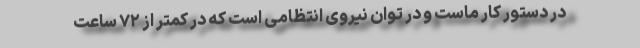
در دستور کار ماست و در توان نیروی انتظامی است که در کمتر از ۷۲ ساعت